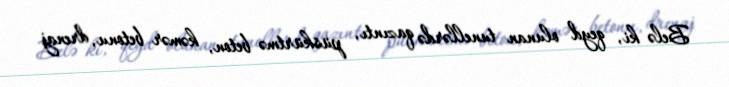
Belə ki, qeyd olunan tunellərdə qazıntı, püskürtmə beton, kəmər betonu, drenaj